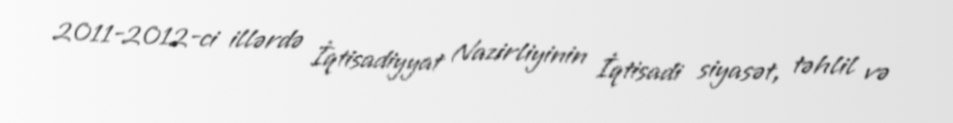
2011-2012-ci illərdə İqtisadiyyat Nazirliyinin İqtisadi siyasət, təhlil və